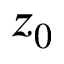
z _ { 0 }